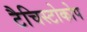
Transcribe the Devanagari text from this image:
टैचिस्टोकोप